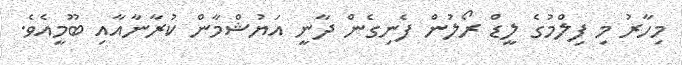
މިހާރު މި ފިލްމުގެ ލީޑް ރޯލުން ފެނިގެން ދާނީ އަޔުޝްމާން ކުރާނާއާއި ބޫމީއެވެ.